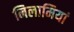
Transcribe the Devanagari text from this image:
निलामियां